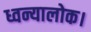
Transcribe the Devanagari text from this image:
ध्वन्यालोक।